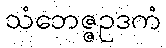
သံဘေဇ္ဇဥဒကံ